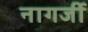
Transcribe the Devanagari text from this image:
नागर्जी